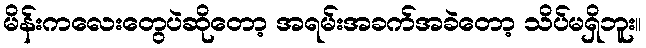
မိန်းကလေးတွေပဲဆိုတော့ အရမ်းအခက်အခဲတော့ သိပ်မရှိဘူး။